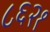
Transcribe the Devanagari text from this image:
८६२१